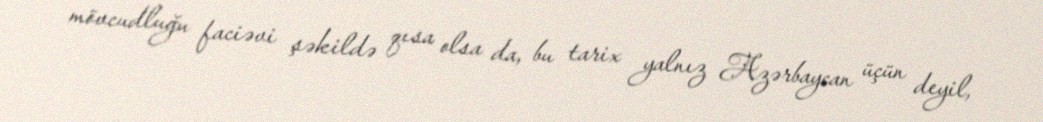
mövcudluğu faciəvi şəkildə qısa olsa da, bu tarix yalnız Azərbaycan üçün deyil,